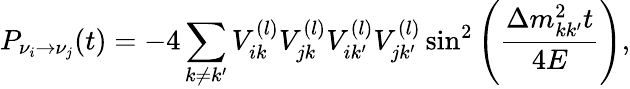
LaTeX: P_{\nu_{i}\rightarrow\nu_{j}}(t)=-4\sum_{k\not=k^{\prime}}V_{ik}^{(l)}V_{jk}^{(l)}V_{ik^{\prime}}^{(l)}V_{jk^{\prime}}^{(l)}\sin^{2}\left({\frac{\Delta m_{kk^{\prime}}^{2}t}{4E}}\right),